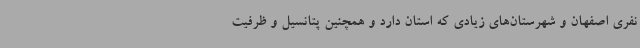
نفری اصفهان و شهرستان‌های زیادی که استان دارد و همچنین پتانسیل و ظرفیت